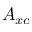
\boldsymbol { A } _ { x c }